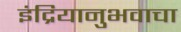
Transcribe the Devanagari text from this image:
इंद्रियानुभवाचा